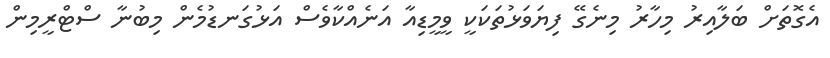
އެގޮތަށް ބަލާއިރު މިހާރު މިނެގޭ ފިޔަވަޅުތަކަކީ ވީމީޑިއާ އަނެއްކާވެސް އަޅުގަނޑުމެން މިބުނާ ސްޓްރީމިން